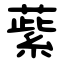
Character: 䔝